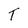
Character: T